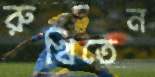
রুখিতেন